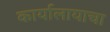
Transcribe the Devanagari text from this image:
कार्यालायाचा